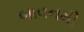
બાવનમી